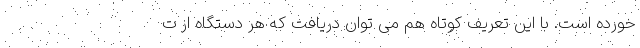
خورده است. با این تعریف کوتاه هم می توان دریافت که هر دستگاه از ت